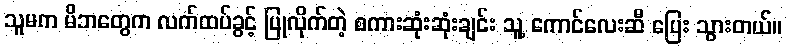
သူမက မိဘတွေက လက်ထပ်ခွင့် ပြုလိုက်တဲ့ စကားဆုံးဆုံးချင်း သူ့ ကောင်လေးဆီ ပြေး သွားတယ်။